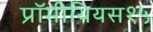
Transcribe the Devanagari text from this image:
प्रॉमीथियस१५